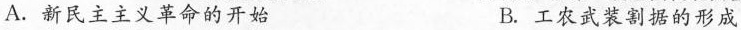
A.新民主主义革命的开始 B.工农武装割据的形成